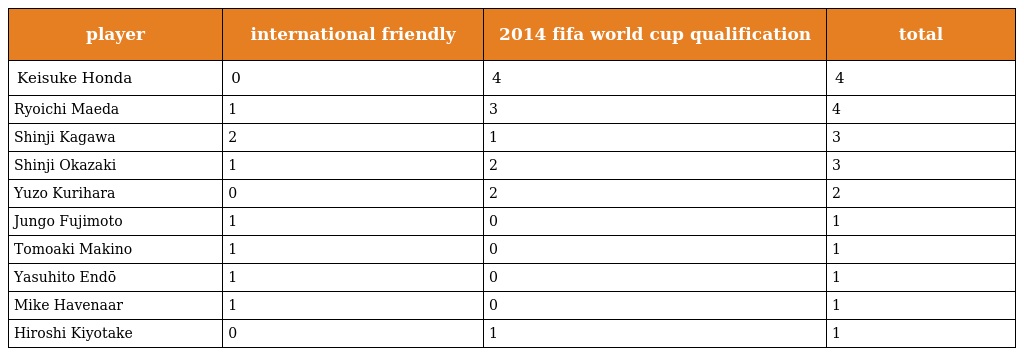
| player | international friendly | 2014 fifa world cup qualification | total |
 | --- | --- | --- | --- |
 | Keisuke Honda | 0 | 4 | 4 |
 | Ryoichi Maeda | 1 | 3 | 4 |
 | Shinji Kagawa | 2 | 1 | 3 |
 | Shinji Okazaki | 1 | 2 | 3 |
 | Yuzo Kurihara | 0 | 2 | 2 |
 | Jungo Fujimoto | 1 | 0 | 1 |
 | Tomoaki Makino | 1 | 0 | 1 |
 | Yasuhito Endō | 1 | 0 | 1 |
 | Mike Havenaar | 1 | 0 | 1 |
 | Hiroshi Kiyotake | 0 | 1 | 1 |